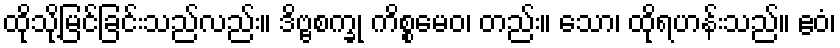
ထိုသို့မြင်ခြင်းသည်လည်း။ ဒိဗ္ဗစက္ခု ကိစ္စမေဝ၊ တည်း။ သော၊ ထိုရဟန်းသည်။ ဧဝံ၊